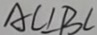
A C \bot B C